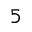
5